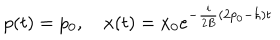
p ( t ) = p _ { 0 } , \quad x ( t ) = x _ { 0 } e ^ { - { \frac { i } { 2 B } } ( 2 p _ { 0 } - \hbar ) t }